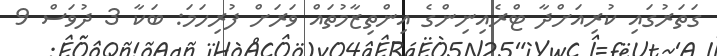
ގަތަރުގައި ކުރިއަށްދާ ޓްރެއިނިންގެ އިންތިޒާމުތައް ވަރަށް ފުރިހަމަ: ބަކާ 3 ދުވަސް 9